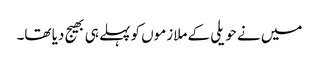
میں نے حویلی کے ملازموں کو پہلے ہی بھیج دیا تھا۔